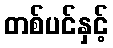
တစ်ပင်နှင့်